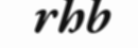
rhb